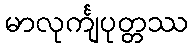
မာလုင်္ကျပုတ္တဿ